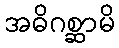
အဓိဂစ္ဆာမိ